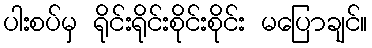
ပါးစပ်မှ ရိုင်းရိုင်းစိုင်းစိုင်း မပြောချင်။